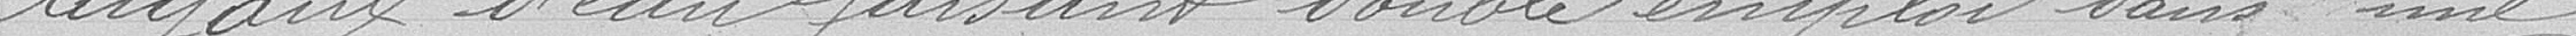
tuyaux d'eau faisant double emploi dans une